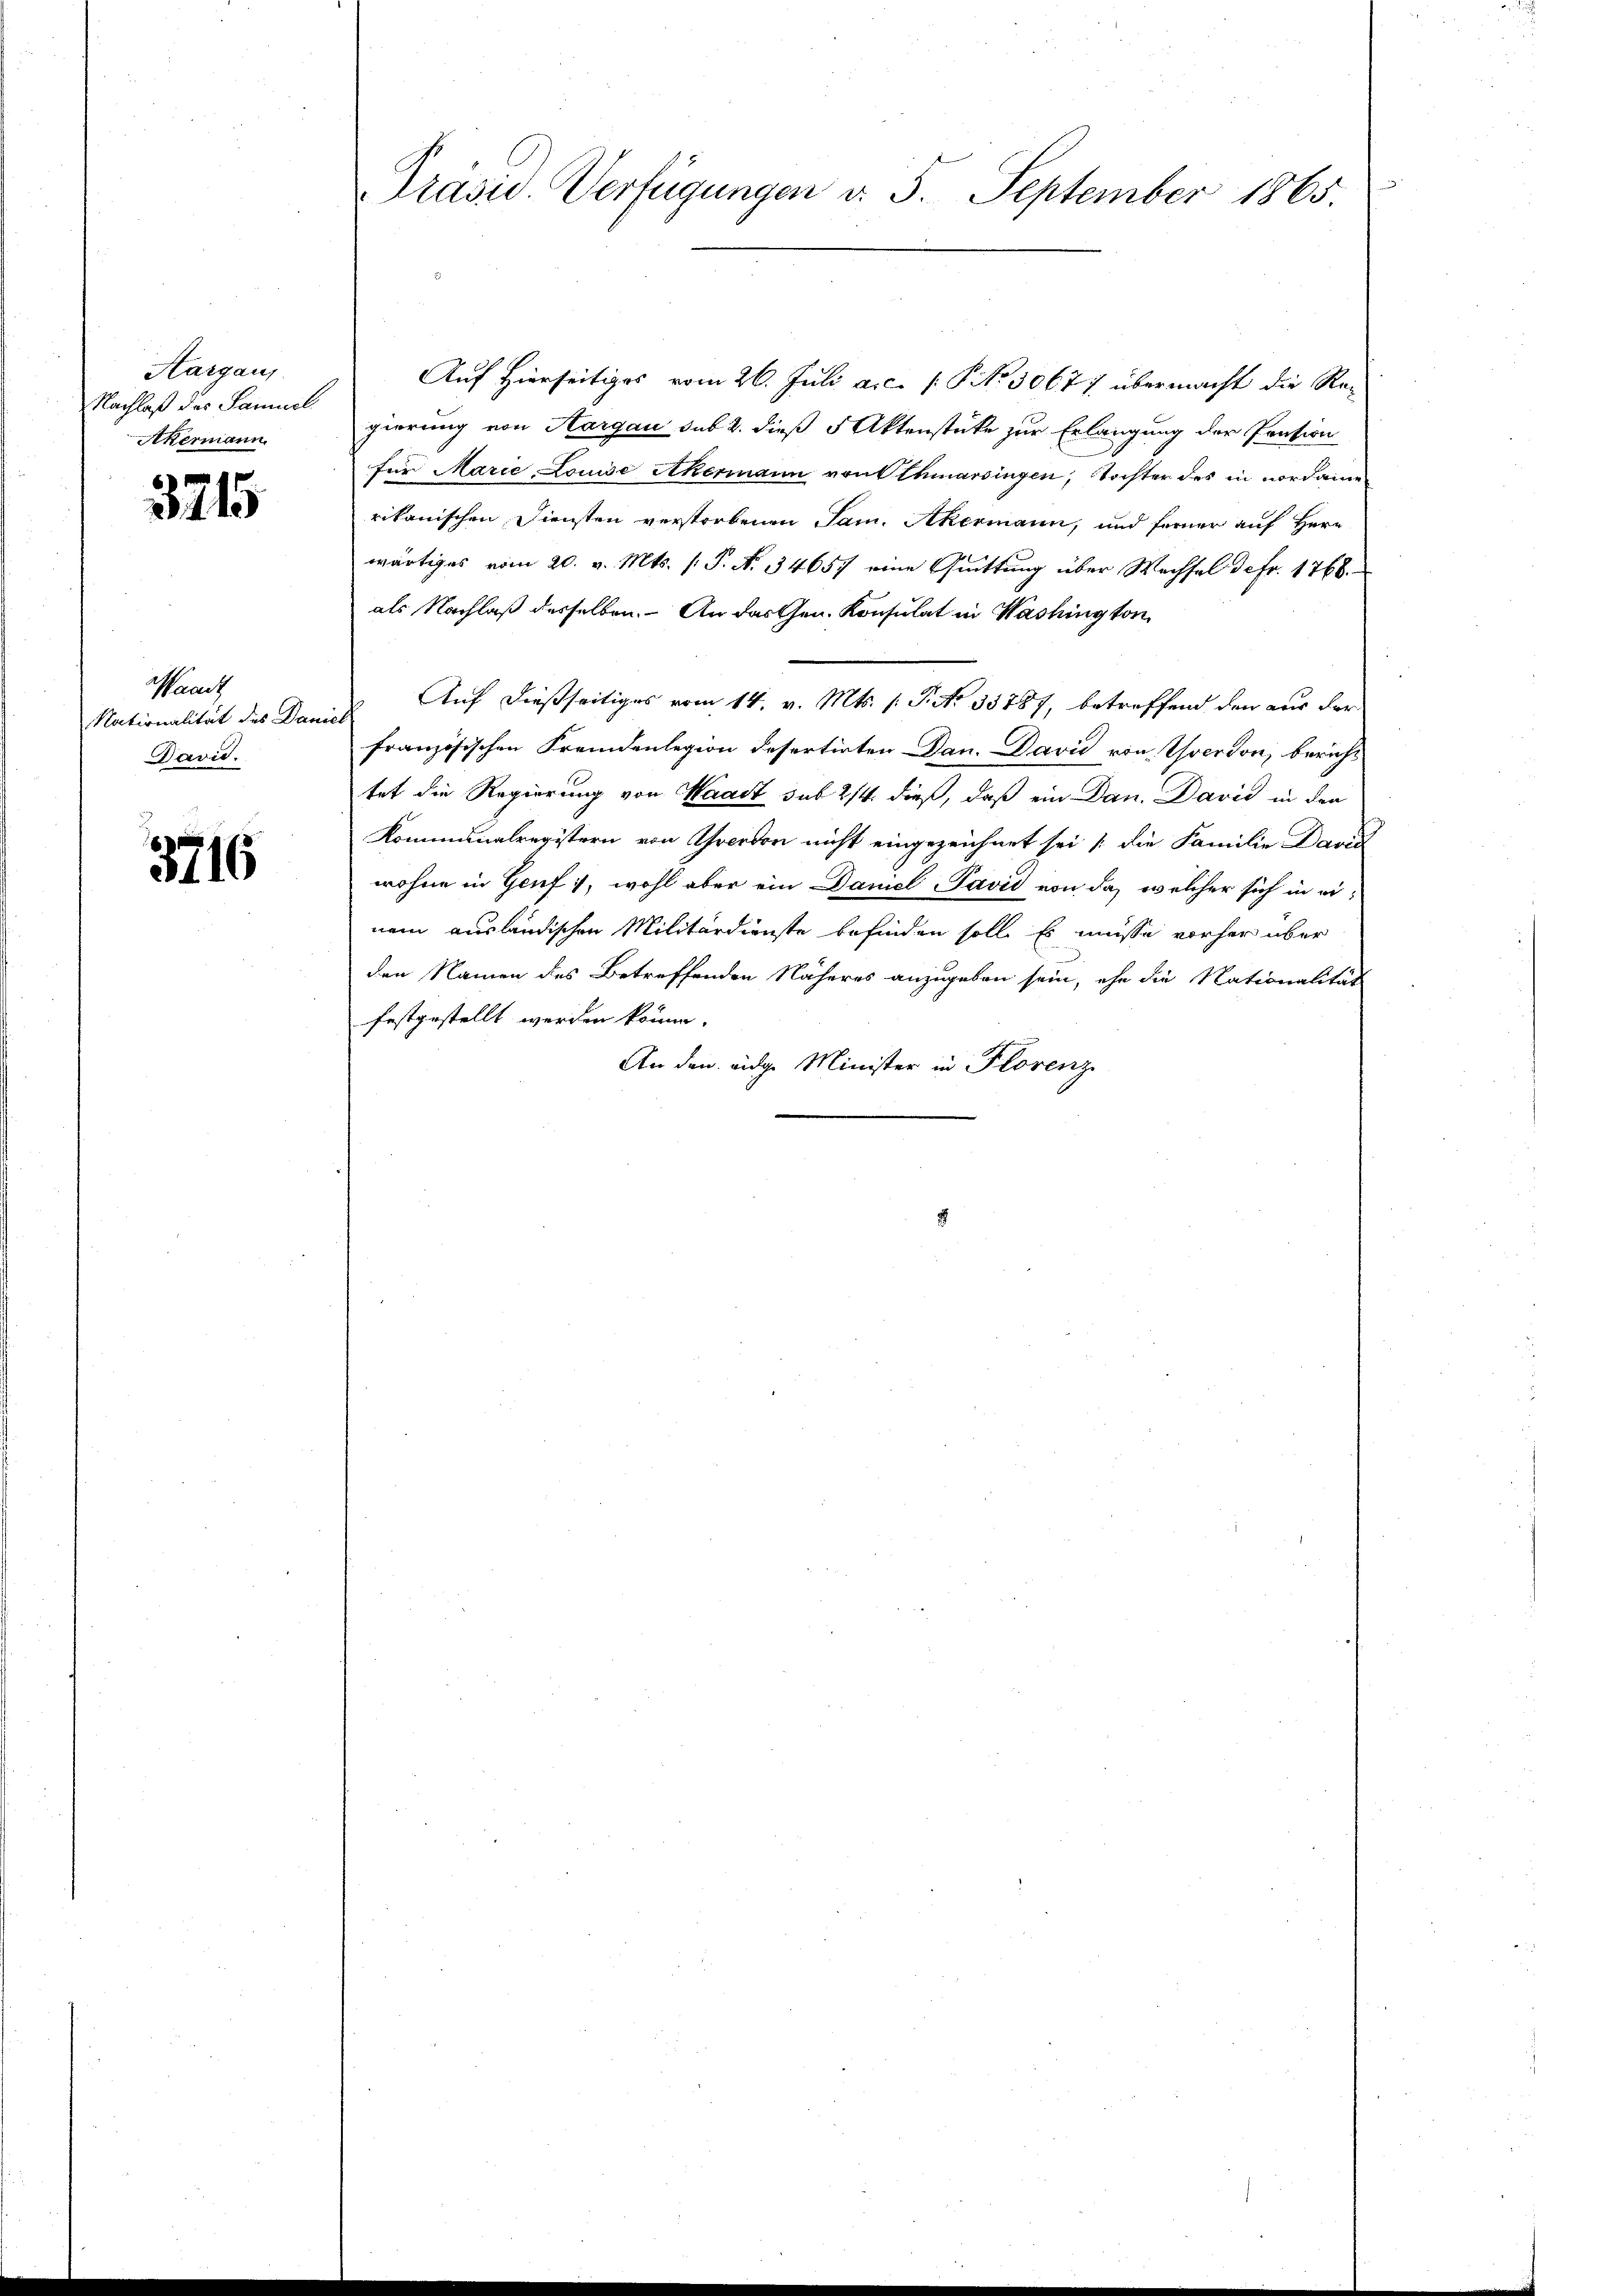
Aargaus
Nachlaß des Samuel
Akermann

3715

Waadt
David.

3716

Auf Hierseitiges vom 26. Juli a.c. [P No 30677 übermacht die Regierung von Aargau sub 2. dieß 5 Aktenstüke zur Erlangung der Pension
für Marie Louise Akermann von Othmarsingen, Tochter des in nordame
rikanischen Diensten verstorbenen Sam. Akermann, und ferner auf Herr
wärtiges vom 20. v. Mts. (: P. N. 34657 eine Quittung über Wechsel de fr. 1768.
als Nachlaß desselben. An das Gen. Konsulat in Washington
Nationalität des Daniel Auf dießseitiges vom 14. v. Mts. (: P. No 35787, betreffend den aus der
französischen Fremdenlegion desertirten Dan. David von Person, bericht
tet die Regierung von Waadt sub 2/4. dieß, daß ein Dan. David in den
Kommunalregistern von Averson nicht eingezeichnet sei die Familie David
wohne in Genf), wohl aber ein Daniel Pavid von da, welcher sich in einem ausländischen Militärdienste befinden soll. Es müsse vorher über
den Namen des Betreffenden Näheres anzugeben sein, ehe die Nationalität
festgestellt werden könne.
An den eidge Minister in Florenz

Präsid. Verfügungen d. 5. September 1865.